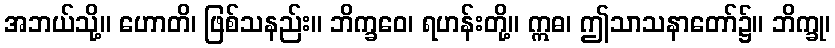
အဘယ်သို့။ ဟောတိ၊ ဖြစ်သနည်း။ ဘိက္ခဝေ၊ ရဟန်းတို့။ ဣဓ၊ ဤသာသနာတော်၌။ ဘိက္ခု၊